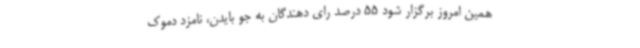
همین امروز برگزار شود 55 درصد رای دهندگان به جو بایدن، نامزد دموک